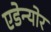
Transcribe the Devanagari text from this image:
एडेन्योर